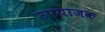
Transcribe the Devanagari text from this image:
उपयाजक